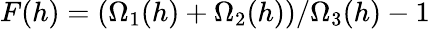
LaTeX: F(h)=(\Omega_{1}(h)+\Omega_{2}(h))/\Omega_{3}(h)-1